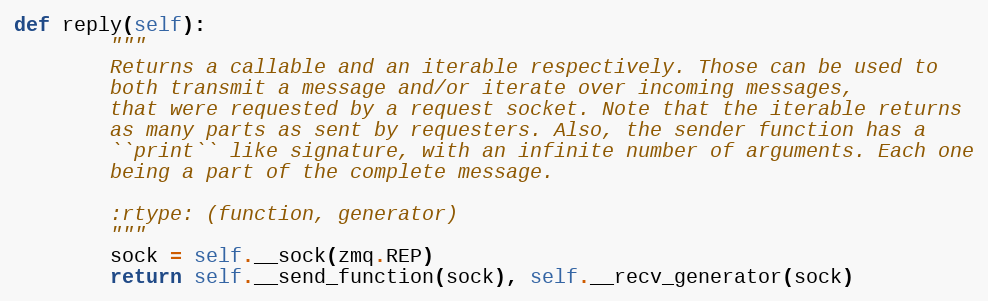
Language: Python
def reply(self):
        """
        Returns a callable and an iterable respectively. Those can be used to
        both transmit a message and/or iterate over incoming messages,
        that were requested by a request socket. Note that the iterable returns
        as many parts as sent by requesters. Also, the sender function has a
        ``print`` like signature, with an infinite number of arguments. Each one
        being a part of the complete message.

        :rtype: (function, generator)
        """
        sock = self.__sock(zmq.REP)
        return self.__send_function(sock), self.__recv_generator(sock)